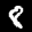
Label: 8